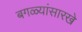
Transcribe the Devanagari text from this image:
बगळ्यांसारखे